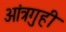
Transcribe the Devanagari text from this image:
आंत्रगुही